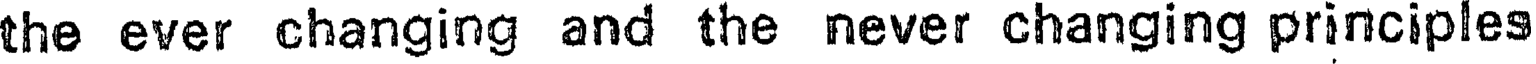
the ever changing and the never changing principles